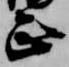
正